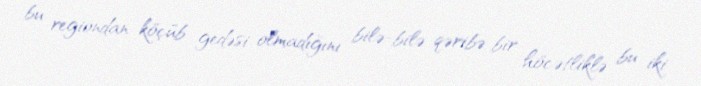
bu regiondan köçüb gedəsi olmadığını bilə-bilə qəribə bir höcətliklə bu iki